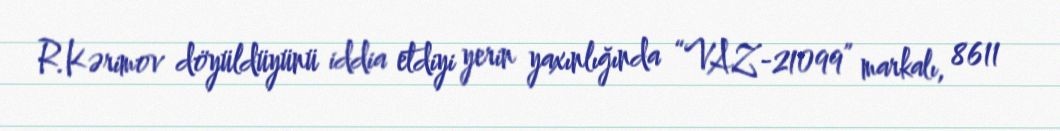
R.Kərimov döyüldüyünü iddia etdiyi yerin yaxınlığında “VAZ-21099” markalı, 8611